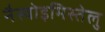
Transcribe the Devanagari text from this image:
नैस्वोइमिस्तेलु